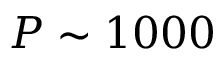
P \sim 1 0 0 0